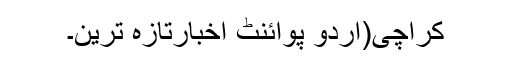
کراچی(اُردو پوائنٹ اخبارتازہ ترین۔